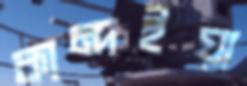
কান্দইয়া